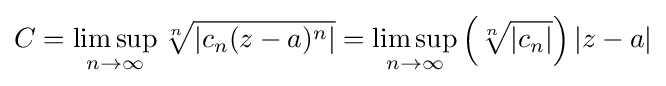
C=\limsup _{n\to \infty }{\sqrt[{n}]{|c_{n}(z-a)^{n}|}}=\limsup _{n\to \infty }\left({\sqrt[{n}]{|c_{n}|}}\right)|z-a|